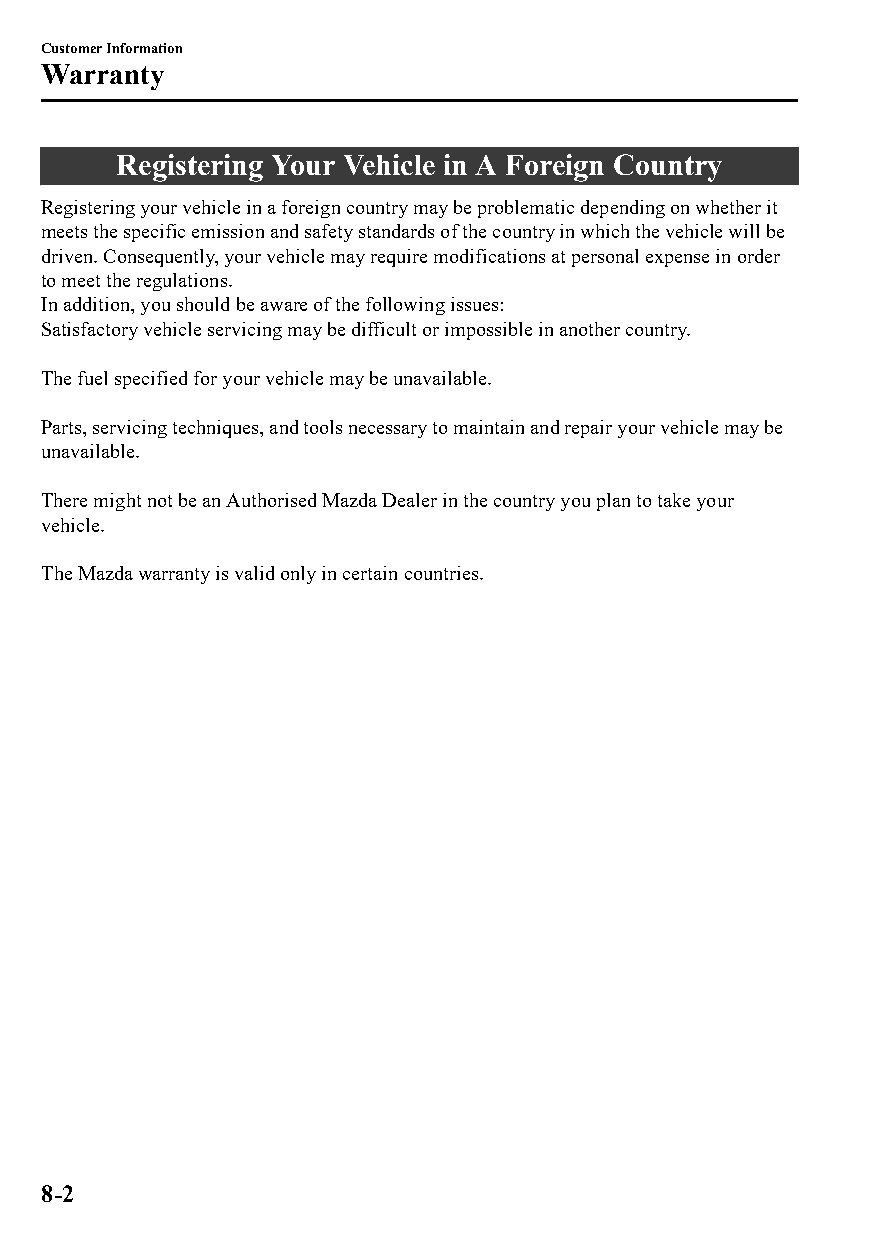
Customer Information
 Warranty
 Registering Your Vehicle in A Foreign Country
 Registering your vehicle in a foreign country may be problematic depending on whether it
 meets the specific emission and safety standards of the country in which the vehicle will be
 driven. Consequently, your vehicle may require modifications at personal expense in order
 to meet the regulations.
 In addition, you should be aware of the following issues:
 Satisfactory vehicle servicing may be difficult or impossible in another country.
 The fuel specified for your vehicle may be unavailable.
 Parts, servicing techniques, and tools necessary to maintain and repair your vehicle may be
 unavailable.
 There might not be an Authorised Mazda Dealer in the country you plan to take your
 vehicle.
 The Mazda warranty is valid only in certain countries.
 8-2
 CX-3_8GT4-EE-18D_Edition4                  2018-9-6 18:32:19